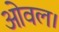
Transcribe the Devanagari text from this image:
ओवल।